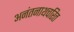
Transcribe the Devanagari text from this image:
अनंतनाथचरित